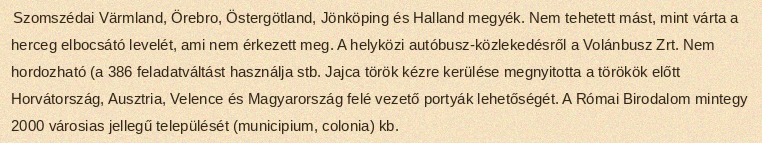
Szomszédai Värmland, Örebro, Östergötland, Jönköping és Halland megyék. Nem tehetett mást, mint várta a herceg elbocsátó levelét, ami nem érkezett meg. A helyközi autóbusz-közlekedésről a Volánbusz Zrt. Nem hordozható (a 386 feladatváltást használja stb. Jajca török kézre kerülése megnyitotta a törökök előtt Horvátország, Ausztria, Velence és Magyarország felé vezető portyák lehetőségét. A Római Birodalom mintegy 2000 városias jellegű települését (municipium, colonia) kb.